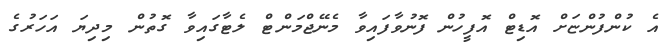
އެ ކުންފުންޏަށް އޮޑިޓް އޮފީހުން ފޮނުވާފައިވާ މެނޭޖްމަންޓް ލެޓާގައިވާ ގޮތުން މިދިޔަ އަހަރުގެ